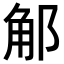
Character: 𨛥